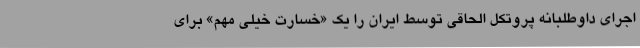
اجرای داوطلبانه پروتکل الحاقی توسط ایران را یک «خسارت خیلی مهم» برای